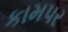
કામપર